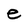
Character: e